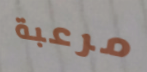
مرعبة